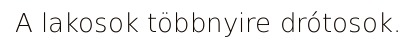
A lakosok többnyire drótosok.